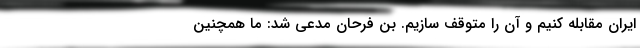
ایران مقابله کنیم و آن را متوقف سازیم. بن فرحان مدعی شد: ما همچنین